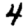
Digit: 4